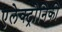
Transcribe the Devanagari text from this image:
एलेक्ट्रोनिकी